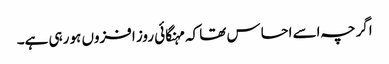
اگرچہ اسے احساس تھا کہ مہنگائی روز افزوں ہو رہی ہے۔